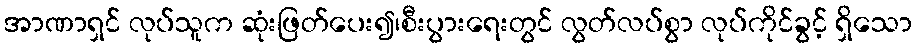
အာဏာရှင် လုပ်သူက ဆုံးဖြတ်ပေး၍၊စီးပွားရေးတွင် လွတ်လပ်စွာ လုပ်ကိုင်ခွင့် ရှိသော